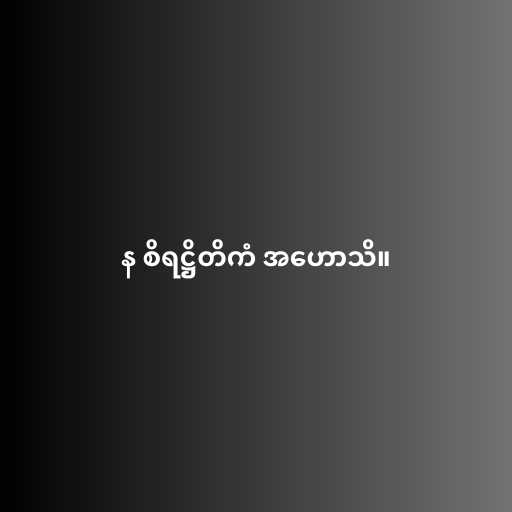
န စိရဋ္ဌိတိကံ အဟောသိ။